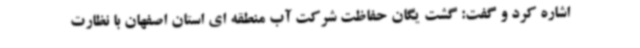
اشاره کرد و گفت: گشت یگان حفاظت شرکت آب منطقه ای استان اصفهان با نظارت